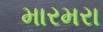
મારમરા